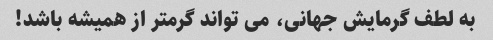
به لطف گرمایش جهانی، می تواند گرمتر از همیشه باشد!